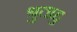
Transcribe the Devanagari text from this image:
श्रुताहु